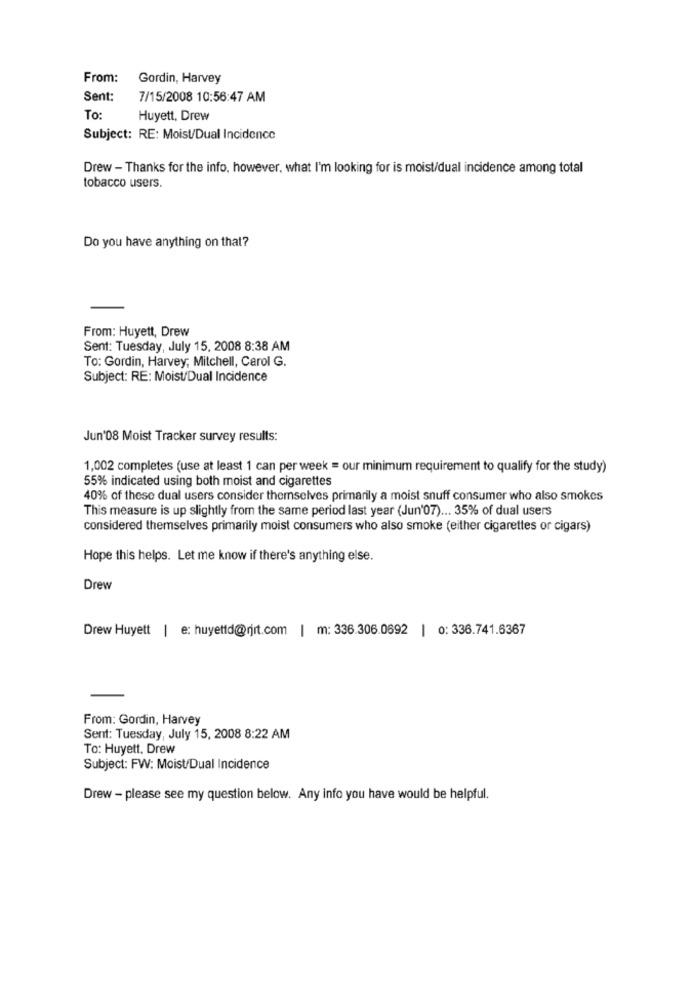
From:
Gordin, Harvey
Sent:
7/15/2008 10:56:47 AM
To
Huyett, Drew
Subject: RE: Moist/Dual Incidence
Drew - Thanks for the info, however, what I'm looking for is moist/dual incidence among total
tobacco users.
Do you have anything on that?
From: Huyett, Drew
Sent: Tuesday, July 15, 2008 8:38 AM
To: Gordin, Harvey; Mitchell, Carol G.
Subject: RE: Moist/Dual Incidence
Jun'08 Moist Tracker survey results:
1,002 completes (use at least 1 can per week = our minimum requirement to qualify for the study)
55% indicated using both moist and cigarettes
40% of these dual users consider themselves primarily a moist snuff consumer who also smokes
This measure is up slightly from the same period last year (Jun'07) ... 35% of dual users
considered themselves primarily moist consumers who also smoke (either cigarettes or cigars)
Hope this helps. Let me know if there's anything else.
Drew
Drew Huyett | e: huyettd@rjrt.com | m: 336.306.0692 | 0: 336.741.6367
From: Gordin, Harvey
Sent: Tuesday, July 15, 2008 8:22 AM
To: Huyett, Drew
Subject: FW: Moist/Dual Incidence
Drew - please see my question below. Any info you have would be helpful.